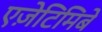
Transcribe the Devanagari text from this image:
एज़ेटिमिबे